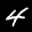
Label: 4